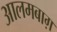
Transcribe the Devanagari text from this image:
आलमबाग़